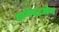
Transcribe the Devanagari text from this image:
हार्वेस्टमेन